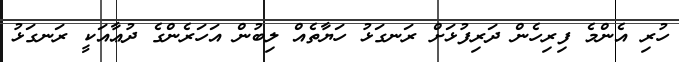
ހުރި އެންމެ ފިރިހެން ދަރިފުޅަށް ރަނގަޅު ހަޔާތެއް ލިބުން އަހަރެންގެ ދުޢާއަކީ ރަނގަޅު